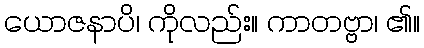
ယောဇနာပိ၊ ကိုလည်း။ ကာတဗ္ဗာ၊ ၏။